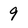
Character: 9